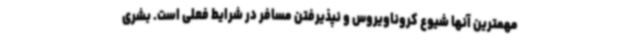
مهمترین آنها شیوع کروناویروس و نپذیرفتن مسافر در شرایط فعلی است. بشری